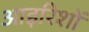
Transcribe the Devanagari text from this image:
आइरिशों